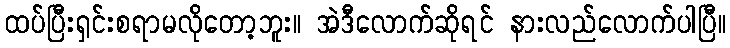
ထပ်ပြီးရှင်းစရာမလိုတော့ဘူး။ အဲဒီလောက်ဆိုရင် နားလည်လောက်ပါပြီ။